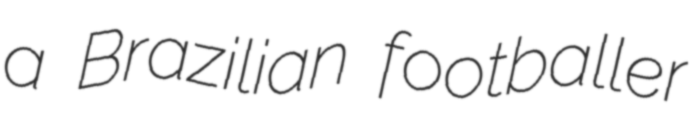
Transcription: a Brazilian footballer